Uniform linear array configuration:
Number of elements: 8
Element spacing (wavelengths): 0.25
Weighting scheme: binomial
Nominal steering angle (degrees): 15
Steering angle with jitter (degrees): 16.942
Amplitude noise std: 0.05
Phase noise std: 0.05

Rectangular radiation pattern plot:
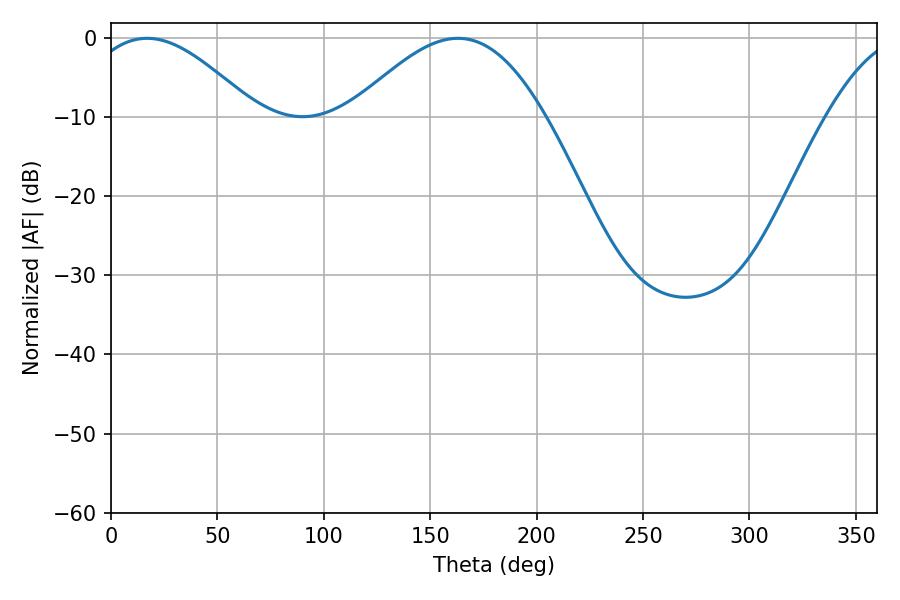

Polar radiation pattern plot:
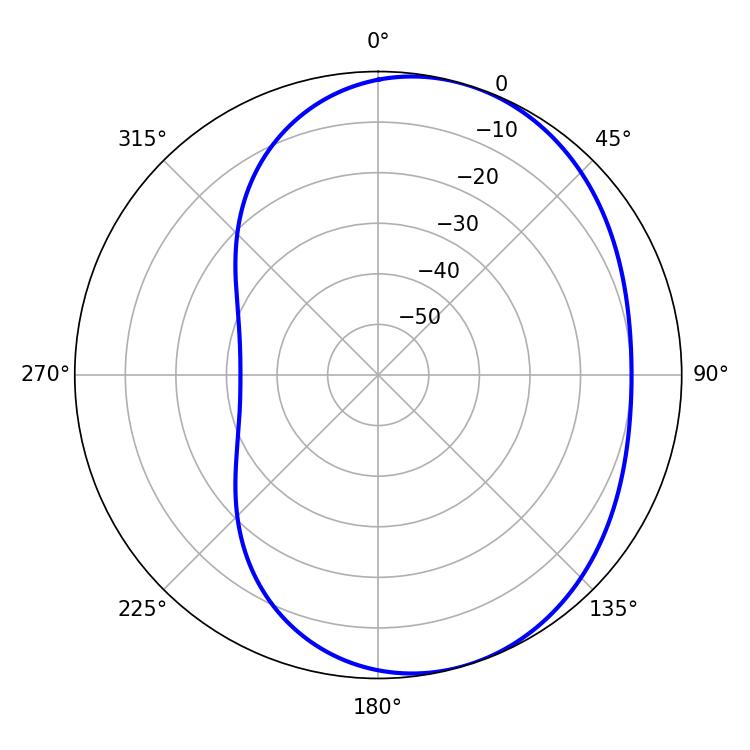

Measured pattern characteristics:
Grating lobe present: FALSE
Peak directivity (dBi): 4.785
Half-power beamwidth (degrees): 43.38
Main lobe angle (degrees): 16.92